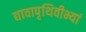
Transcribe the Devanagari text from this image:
द्यावापृथिवीभ्यां